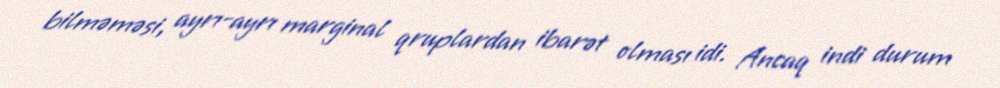
bilməməsi, ayrı-ayrı marginal qruplardan ibarət olması idi. Ancaq indi durum